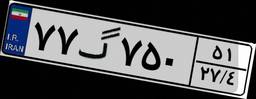
۷۷گ۷۵۰۵۱